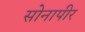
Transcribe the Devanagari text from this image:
सोनापीर